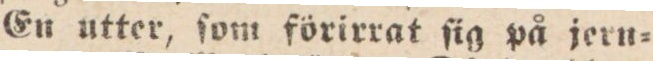
En utter, ſom förirrat ſig på jern=